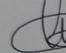
Signature authenticity: genuine